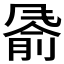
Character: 𬲂